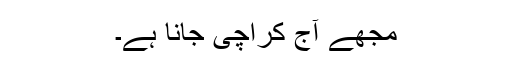
مجھے آج کراچی جانا ہے۔